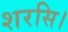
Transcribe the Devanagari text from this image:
शरसि।